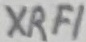
Text: XRF1